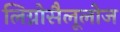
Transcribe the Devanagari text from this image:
लिग्नोसैलूलोज